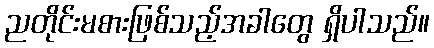
ညတိုင်းမစားဖြစ်သည့်အခါတွေ ရှိပါသည်။